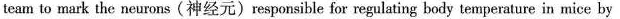
team to mark the neurons(神经元)responsible for regulating body temperature in mice by